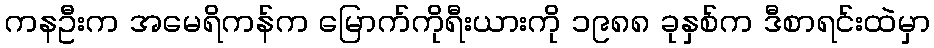
ကနဦးက အမေရိကန်က မြောက်ကိုရီးယားကို ၁၉၈၈ ခုနှစ်က ဒီစာရင်းထဲမှာ